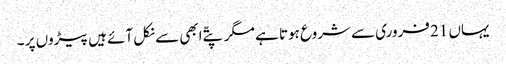
یہاں 21 فروری سے شروع ہوتا ہے مگر پتّے ابھی سے نکل آئے ہیں پیڑوں پر ۔